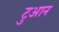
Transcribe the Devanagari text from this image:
टुआन